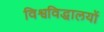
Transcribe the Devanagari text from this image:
विश्वविद्धालयों